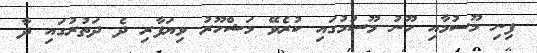
ފިނި މޫސުމާއި ހޫނު މޫސުމުގައި ކުރެވޭ މަޝްހޫރު ވިޔަފާރި ދެ ދަތުރުގައި ދާ